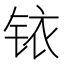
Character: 铱